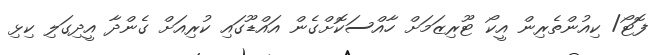
ފޮޓޯ/ ކިއުންތެރިން އީކޯ ޓޫރިޒަމަށް ހާއްސަކޮށްގެން އައްޑޫގައި ކުރިއަށް ގެންދާ އީދިގަލި ކިޅި